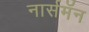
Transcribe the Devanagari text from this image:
नार्समॅन